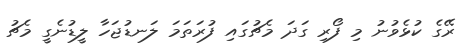
ރޭގެ ކުޅެވުނު މި ފޯރި ގަދަ މެޗުގައި ފުރަތަމަ ލަނޑުޖަހާ ލީޑުނެގީ މެޗު